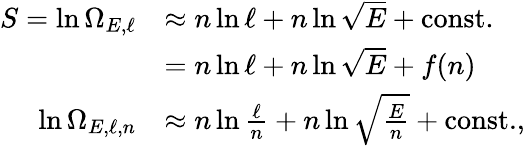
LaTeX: {\begin{array}{rl}{S=\ln\Omega_{E,\ell}}&{\approx n\ln\ell+n\ln{\sqrt{E}}+{\mathrm{const.}}}\\ &{=n\ln\ell+n\ln{\sqrt{E}}+f(n)}\\ {\ln\Omega_{E,\ell,n}}&{\approx n\ln{\frac{\ell}{n}}+n\ln{\sqrt{\frac{E}{n}}}+{\mathrm{const.}},}\end{array}}